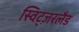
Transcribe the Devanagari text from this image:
स्विट्ज़रलैड